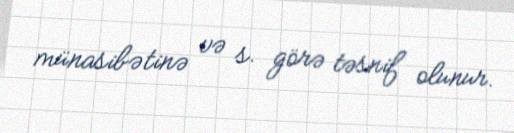
münasibətinə və s. görə təsnif olunur.